Plague in India, 1896, 1897 - Volume 3
Year: 1896
Disease focus: Plague
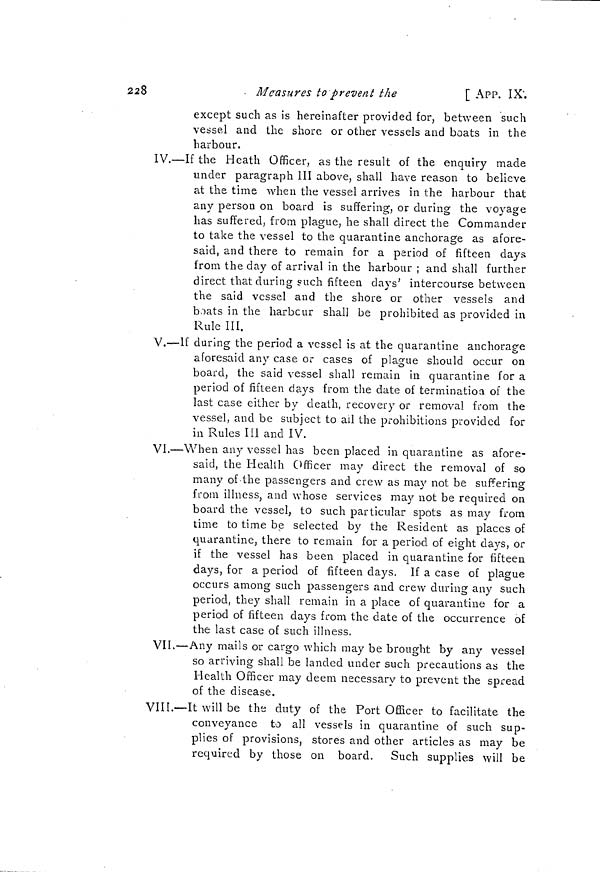
228
Measures to prevent the
[ APP. IX.
except such as is hereinafter provided for, between such
vessel and the shore or other vessels and boats in the
harbour.
IV.—If the Heath Officer, as the result of the enquiry made
under paragraph III above, shall have reason to believe
at the time when the vessel arrives in the harbour that
any person on board is suffering, or during the voyage
has suffered, from plague, he shall direct the Commander
to take the vessel to the quarantine anchorage as afore-
said, and there to remain for a period of fifteen days
from the day of arrival in the harbour ; and shall further
direct that during such fifteen days' intercourse between
the said vessel and the shore or other vessels and
boats in the harbour shall be prohibited as provided in
Rule III.
V.—If during the period a vessel is at the quarantine anchorage
aforesaid any case or cases of plague should occur on
board, the said vessel shall remain in quarantine for a
period of fifteen days from the date of termination of the
last case either by death, recovery or removal from the
vessel, and be subject to all the prohibitions provided for
in Rules III and IV.
VI.—When any vessel has been placed in quarantine as afore-
said, the Health Officer may direct the removal of so
many of the passengers and crew as may not be suffering
from illness, and whose services may not be required on
board the vessel, to such particular spots as may from
time to time be selected by the Resident as places of
quarantine, there to remain for a period of eight days, or
if the vessel has been placed in quarantine for fifteen
days, for a period of fifteen days. If a case of plague
occurs among such passengers and crew during any such
period, they shall remain in a place of quarantine for a
period of fifteen days from the date of the occurrence of
the last case of such illness.
VII.—Any mails or cargo which may be brought by any vessel
so arriving shall be landed under such precautions as the
Health Officer may deem necessary to prevent the spread
of the disease.
VIII.—It will be the duty of the Port Officer to facilitate the
conveyance to all vessels in quarantine of such sup-
plies of provisions, stores and other articles as may be
required by those on board. Such supplies will be